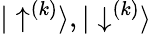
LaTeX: {|\uparrow^{(k)}\rangle,|\downarrow^{(k)}\rangle}